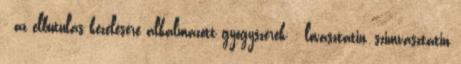
- az elbutulás kezelésére alkalmazott gyógyszerek; - lovasztatin, szimvasztatin